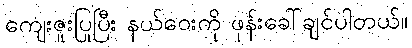
ကျေးဇူးပြုပြီး နယ်ဝေးကို ဖုန်းခေါ်ချင်ပါတယ်။